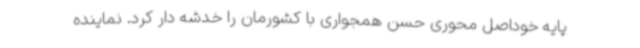
پایه خوداصل محوری حسن همجواری با کشورمان را خدشه دار کرد. نماینده